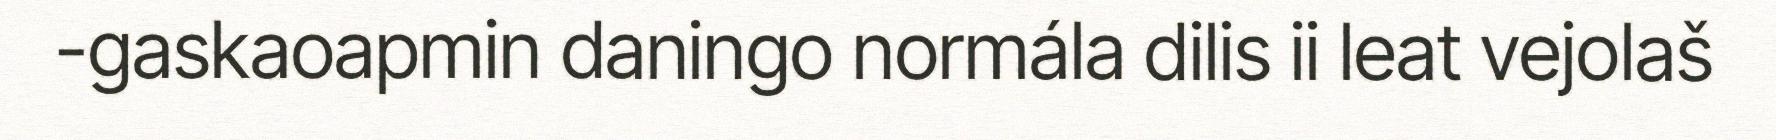
-gaskaoapmin daningo normála dilis ii leat vejolaš